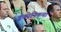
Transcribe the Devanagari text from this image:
ड्रॅकोनिकचा